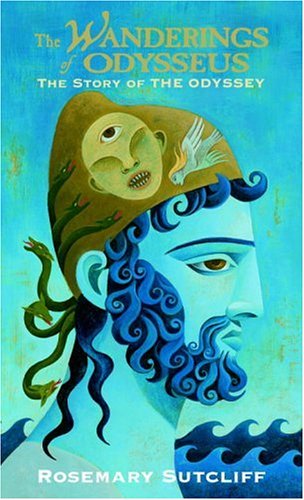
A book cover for The Wanderings of Odysseus: The Story of the Odyssey; Rosemary Sutcliff; Children's Books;